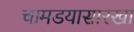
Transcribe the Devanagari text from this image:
चामडयासारखा